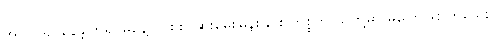
အလုပ်ရှုပ်နေခဲ့ကြ၍ မနေ့က စစ်ဆေးမေးမြန်းခြင်း ကိစ္စကို သူတို့မှာ မပြောဖြစ်ကြသေး။